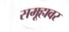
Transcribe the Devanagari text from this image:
समूहावर